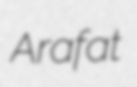
Arafat